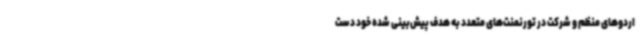
اردوهای منظم و شرکت در تورنمنت‌های متعدد به هدف پیش‌بینی شده خود دست